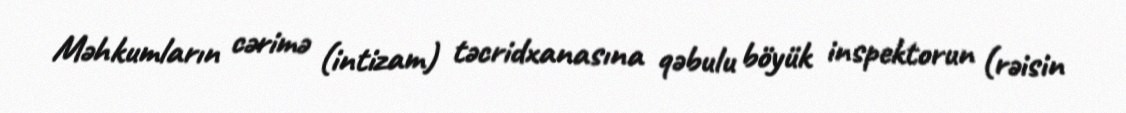
Məhkumların cərimə (intizam) təcridxanasına qəbulu böyük inspektorun (rəisin